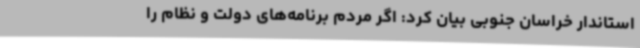
استاندار خراسان جنوبی بیان کرد: اگر مردم برنامه‌های دولت و نظام را